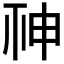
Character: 𥙍